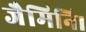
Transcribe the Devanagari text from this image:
जैमिनि।